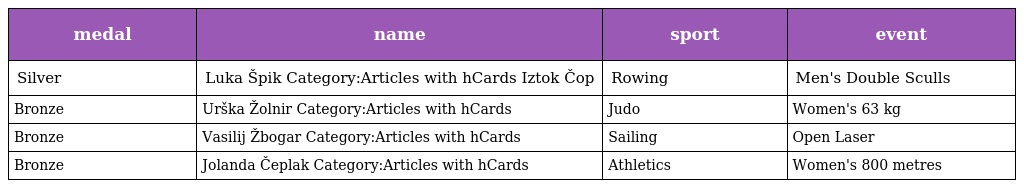
| medal | name | sport | event |
 | --- | --- | --- | --- |
 | Silver | Luka Špik Category:Articles with hCards Iztok Čop | Rowing | Men's Double Sculls |
 | Bronze | Urška Žolnir Category:Articles with hCards | Judo | Women's 63 kg |
 | Bronze | Vasilij Žbogar Category:Articles with hCards | Sailing | Open Laser |
 | Bronze | Jolanda Čeplak Category:Articles with hCards | Athletics | Women's 800 metres |